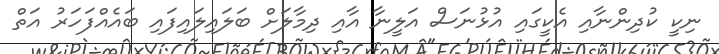
ނިކީ ކުދިންނާއި އެކީގައި އުޅުނަސް އަލީނާ އާއި ދިމާލަށް ބަލައިލައިފައި ބައެއްފަހަރު އަތް